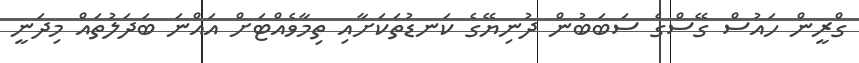
ގްރީން ހައުސް ގޭސްގެ ސަބަބުން ދުނިޔޭގެ ކަނޑުތަކަށާއި ތިމާވެއްޓަށް އައްނަ ބަދަލުތައް މިދަނީ